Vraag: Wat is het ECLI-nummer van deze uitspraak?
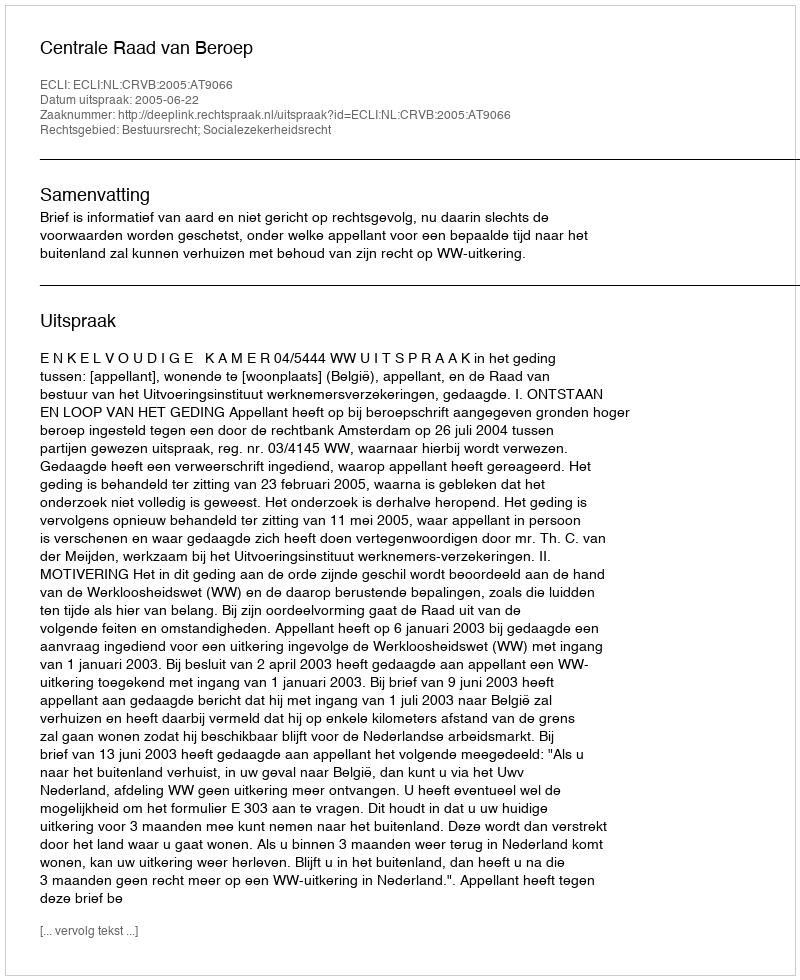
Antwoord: ECLI:NL:CRVB:2005:AT9066